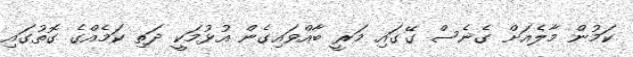
ކަމުން މާލެއަށް ގެނެސް ގޭގައި މަރީ ބާއްވައިގެން އުޅުމަކީ ދަތި ކަމެއްގެ ގޮތުގައި